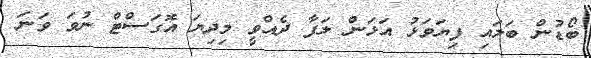
ބޯޑުން ބަލައި ފިޔަވަޅު އަޅަން ލަފާ ދެއްވީ މިދިޔަ އޮގަސްޓް ނުވަ ވަނަ